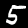
Digit: 5